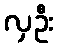
လှဦး